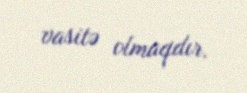
vasitə olmaqdır.